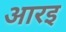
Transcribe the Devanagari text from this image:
आरइ